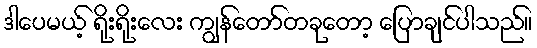
ဒါပေမယ့် ရိုးရိုးလေး ကျွန်တော်တခုတော့ ပြောချင်ပါသည်။